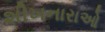
શીખનારાઓ